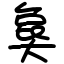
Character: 㚟